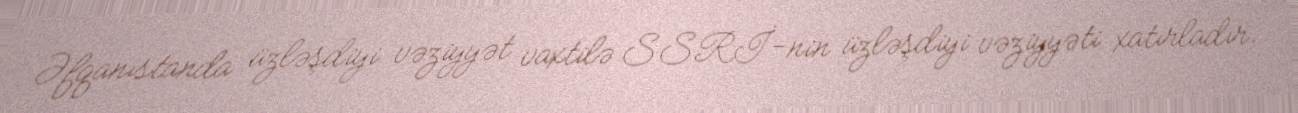
Əfqanıstanda üzləşdiyi vəziyyət vaxtilə SSRİ-nin üzləşdiyi vəziyyəti xatırladır.